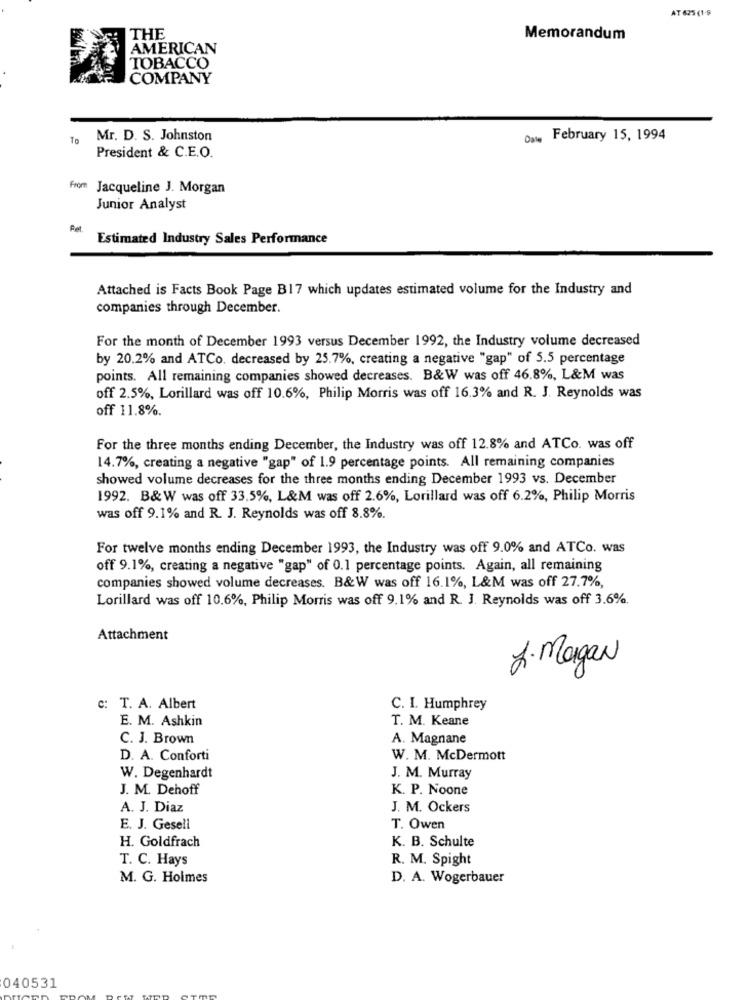
AT 625 (1-5
THE
Memorandum
AMERICAN
TOBACCO
COMPANY
To
Mr. D. S. Johnston
Date February 15, 1994
President & C.E.O.
From Jacqueline J. Morgan
Junior Analyst
Pet.
Estimated Industry Sales Performance
Attached is Facts Book Page B17 which updates estimated volume for the Industry and
companies through December.
For the month of December 1993 versus December 1992, the Industry volume decreased
by 20.2% and ATCo. decreased by 25.7%, creating a negative "gap" of 5.5 percentage
points. All remaining companies showed decreases. B&W was off 46.8%, L&M was
off 2.5%, Lorillard was off 10.6%, Philip Morris was off 16.3% and R. J. Reynolds was
off 11.8%.
For the three months ending December, the Industry was off 12.8% and ATCo. was off
14.7%, creating a negative "gap" of 1.9 percentage points. All remaining companies
showed volume decreases for the three months ending December 1993 vs. December
1992. B& W was off 33.5%, L&M was off 2.6%, Lorillard was off 6.2%, Philip Morris
was off 9.1% and R. J. Reynolds was off 8.8%.
For twelve months ending December 1993, the Industry was off 9.0% and ATCo. was
off 9.1%, creating a negative "gap" of 0.1 percentage points. Again, all remaining
companies showed volume decreases. B&W was off 16.1%, L&M was off 27.7%,
Lorillard was off 10.6%, Philip Morris was off 9.1% and R. J. Reynolds was off 3.6%.
Attachment
L. Magan
c: T. A. Albert
C. I. Humphrey
E. M. Ashkin
T. M. Keane
C. J. Brown
A. Magnane
D. A. Conforti
W. M. McDermott
W. Degenhardt
J. M. Murray
J. M. Dehoff
K. P. Noone
A. J. Diaz
J. M. Ockers
E. J. Gesell
T. Owen
H. Goldfrach
K. B. Schulte
T. C. Hays
R. M. Spight
M. G. Holmes
D. A. Wogerbauer
040531